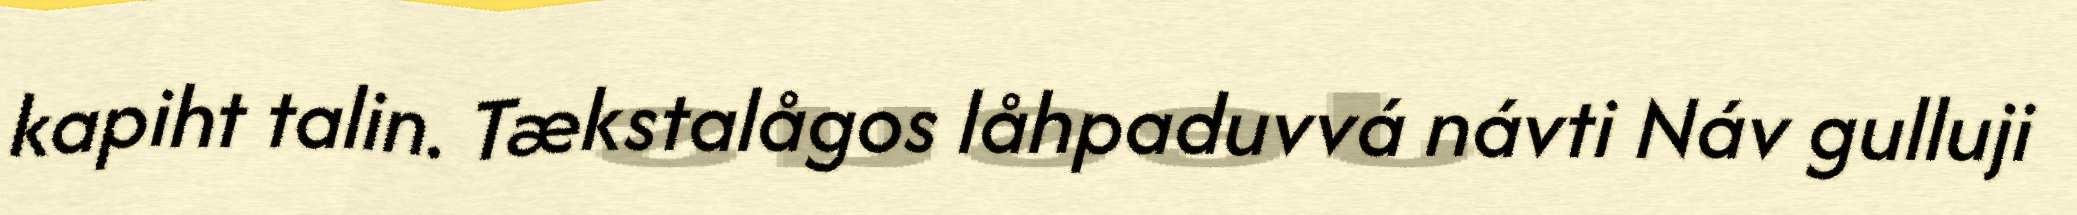
kapiht talin. Tækstalågos låhpaduvvá návti Náv gulluji